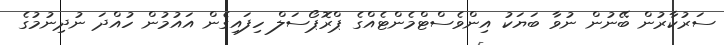
ސަރުކާރުން ބޭނުން ނުވާ ބަޔަކު އިންވެސްޓްމެންޓެއްގެ ޕްރޮޕޯސަލް ހިފައިގެން އައުމުން ހުއްދަ ނުދިނުމުގެ